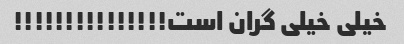
خیلی خیلی گران است!!!!!!!!!!!!!!!